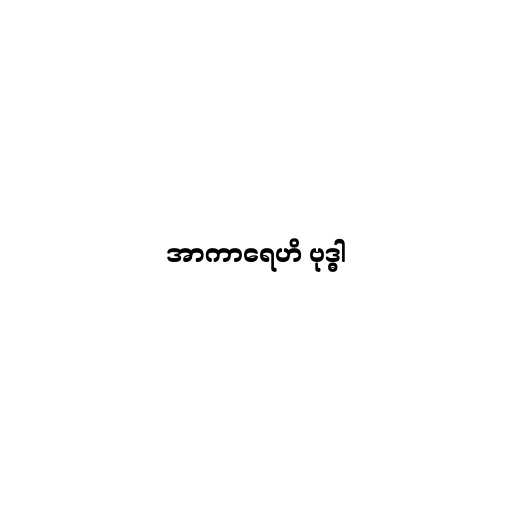
အာကာရေဟိ ဗုဒ္ဓါ